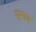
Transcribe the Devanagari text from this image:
धुमाव